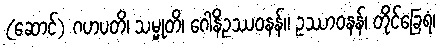
(ဆောင်) ဂဟပတိ၊ သမ္မုတိ၊ ဂေါနိဥဿဝနန်။ ဥဿာဝနန်၊ တိုင်ခြေရံ၊